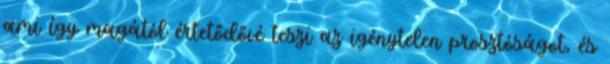
ami így magától értetődővé teszi az igénytelen prosztóságot, és